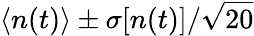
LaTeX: \langle n(t)\rangle\pm\sigma[n(t)]/\sqrt{20}